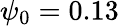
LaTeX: \psi_{0}=0.13